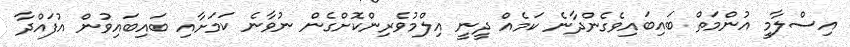
އިސްލާމީ އުންމަތް ބައިބައިވެގެންދާނެ ކަމެއް ދީނީ އިލްމުވެރިންކޮށްގެން ނުވާނެ ކަމަށާއި ބައިބައިވުން އުފައްދާ